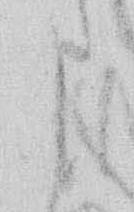
う